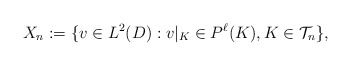
\begin{align*}X_n:=\{ v \in L^2(D) : v|_{K} \in P^\ell(K), K \in {\mathcal T}_n \},\end{align*}